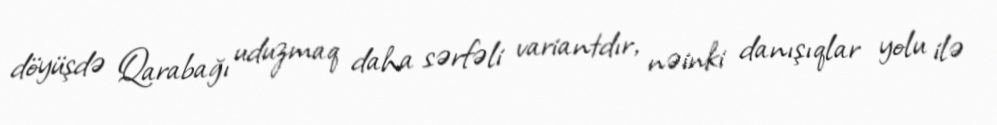
döyüşdə Qarabağı uduzmaq daha sərfəli variantdır, nəinki danışıqlar yolu ilə